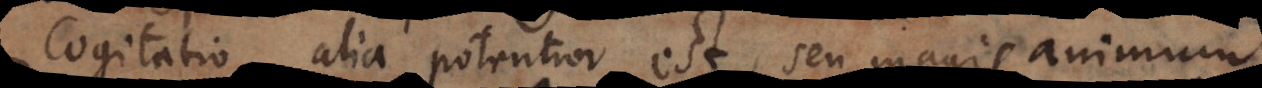
Cogitatio, alia potentior est, seu magis animum